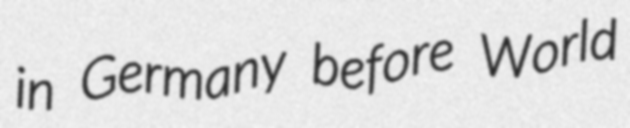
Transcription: in Germany before World